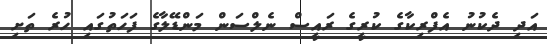
އަދި ދެކުނު އެފްރިކާގެ ކުރީގެ ރައީސް ނެލްސަން މަންޑޭލާގެ ފަހަތުގައި ހުރެ ތަށި